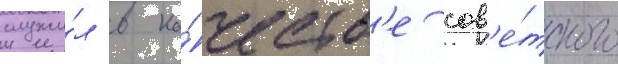
служи́л в ка́честв'е сов'е́тского